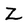
Character: Z